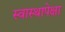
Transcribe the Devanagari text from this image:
स्वास्थापेक्षा